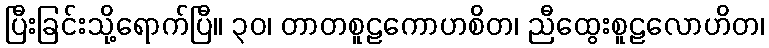
ပြီးခြင်းသို့ရောက်ပြီ။ ၃၀၊ တာတစူဠကောဟစိတ၊ ညီထွေးစူဠလောဟိတ၊